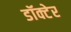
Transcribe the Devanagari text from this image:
डॉक्टेर